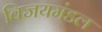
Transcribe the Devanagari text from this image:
विजयमंडल